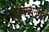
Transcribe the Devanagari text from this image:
पहिलवानांची